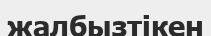
жалбызтікен